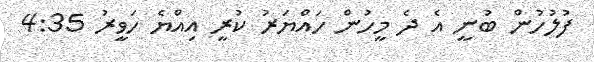
ފުލުހުން ބުނީ އެ ދެ މީހުން ހައްޔަރު ކުރީ އިއްޔެ ހަވީރު 4:35